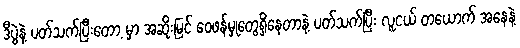
ဒီပွဲနဲ့ ပတ်သက်ပြီးတော့ မှာ အဆိုးမြင် ဝေဖန်မှုတွေရှိနေတာနဲ့ ပတ်သက်ပြီး လူငယ် တယောက် အနေနဲ့